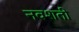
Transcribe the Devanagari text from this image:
नवशती